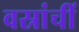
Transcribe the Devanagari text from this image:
वस्रांचीं